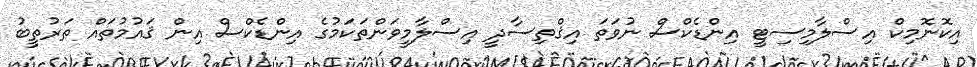
އިކޮނޮމިކް އިސްލާމިސިޓީ އިންޑެކްސް ނުވަތަ އިޤްތިސާދީ އިސްލާމީވަންތަކަމުގެ އިންޑެކްސް އިން ޤައުމުތައް ތަރުތީބު